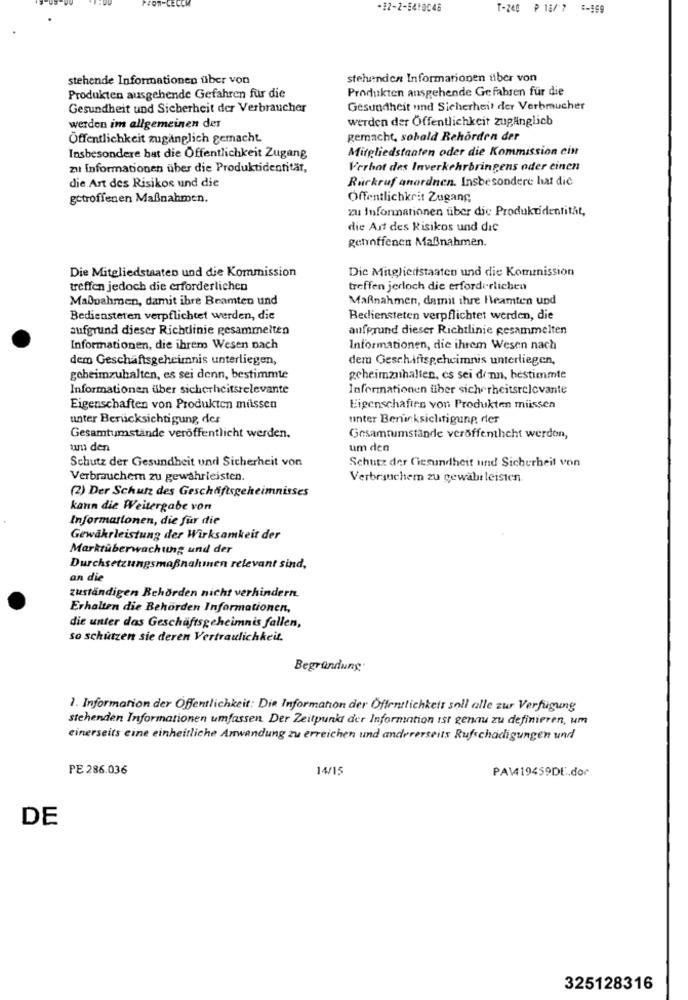
-22-2-5410046
T-240 P 18/ 7 5-599
stehende Informationen über von
stehenden Informationen über von
Produkten ausgehende Gefahren für die
Produkten ausgehende Gefahren für die
Gesundheit und Sicherheit der Verbraucher
Gesundheit und Sicherheit der Verbraucher
werden der Öffentlichkeit zugänglich
werden im allgemeinen der
Öffentlichkeit zugänglich gemacht
gemacht, sobald Behörden der
Mitgliedstaaten oder die Kommission cin
Insbesondere hat die Öffentlichkeit Zugang
zu Informationen über die Produktidentität,
Verbot des Inverkehrbringens oder einen
Ruckruf anordnen. Insbesondere hat die
die Art des Risikos und die
getroffenen Maßnahmen.
Offentlichkrit Zugang
zu Informationen über die Produktidentitàt,
die Art des Risikos und dic
Rennffenen Maßnahmen.
Die Mitgliedstaaten und die Kommission
Die Mitgliedstaaten und die Kommission
treffen jedoch die erforderlichen
treffen jedoch die erforderlichen
Maboahmen, damit ihre Beamten und
Maßnahmen, damit ihre Heamten und
Bediensteten verpflichtet werden, die
Bediensteten verpflichtet werden, die
aufgrund dieser Richtlinie gesammelten
aufgrund dieser Richtlinie gesammelten
Informationen, die ihrem Wesen nach
Informationen, die ihrem Wesen nach
dem Geschäftsgeheimnis unterliegen,
dem Geschafisgeheimnis unterliegen,
geheimzuhalten, es sei denn, bestimmte
geheimzuhalten, es sei denn, bestimmte
Informationen über sicherheitsrelevante
Informationen über sicherheitsrelevante
Eigenschaften von Produkten missen
Eigenschaften von Produkten miissen
unter Berücksichtigung, der
unter Berücksichtigung der
Gesamtumstände veröffentlicht werden,
Gesamtumstände veröffenthcht werden,
um den
um den
Schutz der Gesundheit und Sicherheit von
Schutz der Gesundheit und Sicherheit von
Verbraucher zu gewährleisten.
Verbrauchem zu gewährleisten
(2) Der Schutz des Geschäftsgeheimnisses
kann die Weitergabe von
Informationen, die für die
Gewährleistung der Wirksamkeit der
Marktüberwachung und der
Durchsetzungsmaßnahmen relevant sind,
an die
zuständigen Behörden nicht verhindern.
Erhalten die Behörden Informationen,
die unter das Geschäftsgeheimnis fallen,
so schützen sie deren Vertraulichkeit.
Begründung
1. Information der Öffentlichkeit: Die Information der Öffentlichkeit soll alle zur Verfügung
stehenden Informationen umfassen Der Zeitpunkt der Information ist genau zu definieren, um
einerseits eine einheitliche Anwendung zu erreichen und andererseits Rufschadigungen und
PE 286.036
14/15
PAW419459DE .. dor
DE
325128316